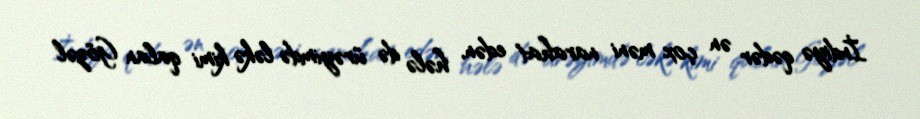
İndiyə qədər ən çox məni narahat edən, hələ də ürəyimdə ləkə kimi qalan Gözəl